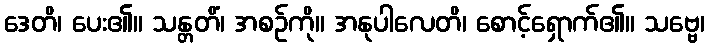
ဒေတိ၊ ပေး၏။ သန္တတိံ၊ အစဉ်ကို။ အနုပါလေတိ၊ စောင့်ရှောက်၏။ သဗ္ဗေ၊